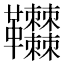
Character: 𩎎